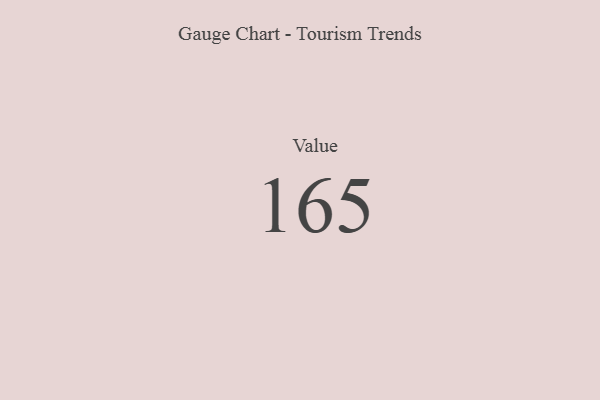
{"axis": {"x": "Metric", "y": "Value"}, "legend": [""], "data": [{"x": "Value", "y": 165, "type": ""}]}